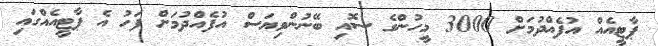
ޕާޓީއެއް އުފެއްދުމަށް 3000 މީހުންގެ ސޮއި ބޭނުންވިޔަސް އުފެއްދުމަށް ފަހު އެ ޕާޓީއެއްގައި